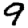
Digit: 9